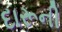
દારૂની